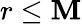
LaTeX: r\le\mathbf{M}